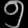
Digit: ၅